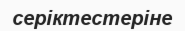
серіктестеріне